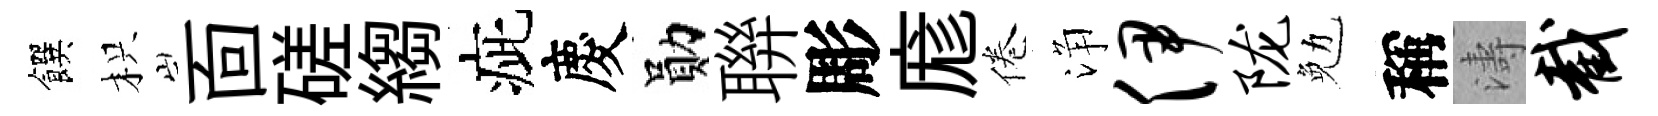
饌枳靣磋縐疵慶勛聨彫庬倦浄伊陇勉稱濤截